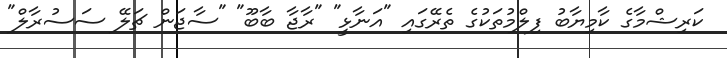
ކަރިޝްމާގެ ކާމިޔާބު ފިލްމުތަކުގެ ތެރޭގައި "އަނާޅީ" "ރާޖާ ބާބޫ" "ސާޖަން ޗަލޭ ސަސުރާލް"